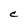
Character: C